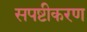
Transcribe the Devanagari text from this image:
सपष्टीकरण